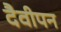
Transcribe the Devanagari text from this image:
दैवीपन